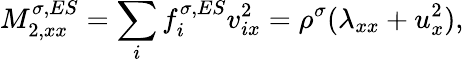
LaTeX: M_{2,xx}^{\sigma,ES}=\sum_{i}f_{i}^{\sigma,ES}v_{ix}^{2}=\rho^{\sigma}(\lambda_{xx}+u_{x}^{2}),